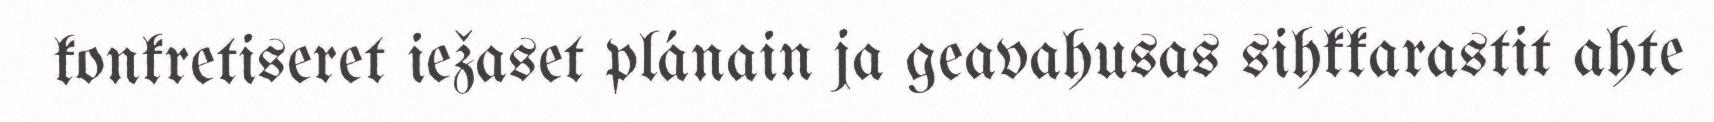
konkretiseret iežaset plánain ja geavahusas sihkkarastit ahte